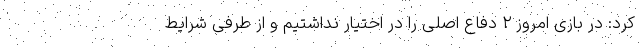
کرد: در بازی امروز ۲ دفاع اصلی را در اختیار نداشتیم و از طرفی شرایط